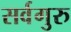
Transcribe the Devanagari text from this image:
सर्वगुरु